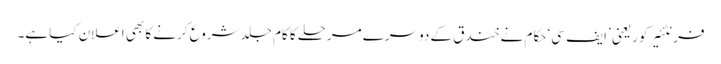
فرنٹئیر کور یعنی ’ایف سی‘ حکام نے خندق کے دوسرے مرحلے کا کام جلد شروع کرنے کا بھی اعلان کیا ہے۔